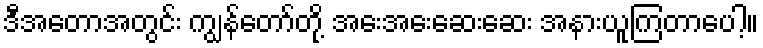
ဒီအတောအတွင်း ကျွန်တော်တို့ အေးအေးဆေးဆေး အနားယူကြတာပေါ့။